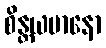
စိန္တယမာနော